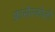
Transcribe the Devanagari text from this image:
फ्रांसेस्कोली